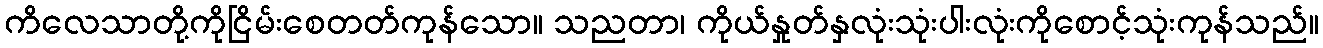
ကိလေသာတို့ကိုငြိမ်းစေတတ်ကုန်သော။ သညတာ၊ ကိုယ်နှုတ်နှလုံးသုံးပါးလုံးကိုစောင့်သုံးကုန်သည်။